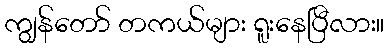
ကျွန်တော် တကယ်များ ရူးနေပြီလား။